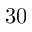
3 0